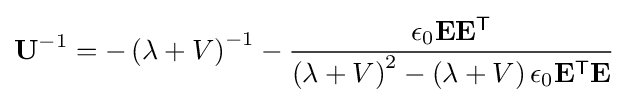
\mathbf {U} ^{-1}=-\left(\lambda +V\right)^{-1}-{\frac {\epsilon _{0}\mathbf {E} \mathbf {E} ^{\textsf {T}}}{\left(\lambda +V\right)^{2}-\left(\lambda +V\right)\epsilon _{0}\mathbf {E} ^{\textsf {T}}\mathbf {E} }}